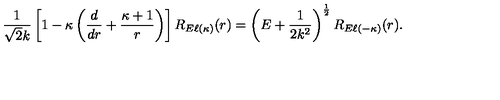
\frac { 1 } { \sqrt { 2 } k } \left[ 1 - \kappa \left( \frac { d } { d r } + \frac { \kappa + 1 } { r } \right) \right] R _ { E \ell ( \kappa ) } ( r ) = \left( E + \frac { 1 } { 2 k ^ { 2 } } \right) ^ { \mathrm { \frac { 1 } { 2 } } } R _ { E \ell ( - \kappa ) } ( r ) .